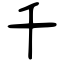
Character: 千